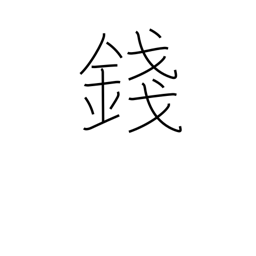
Meaning: 100th of yen